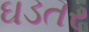
ઘડતર